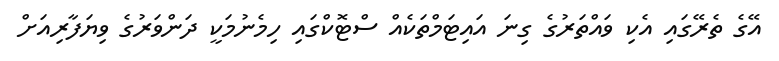
އޭގެ ތެރޭގައި އެކި ވައްތަރުގެ ގިނަ އައިޓަމްތަކެއް ސްޓޮކްގައި ހިމެނުމަކީ ދަންވަރުގެ ވިޔަފާރިއަށް